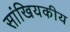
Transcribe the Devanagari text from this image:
सांखियकीय